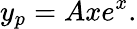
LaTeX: y_{p}=Axe^{x}.